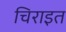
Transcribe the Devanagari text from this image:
चिराइत